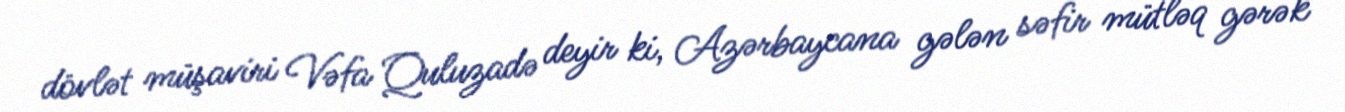
dövlət müşaviri Vəfa Quluzadə deyir ki, Azərbaycana gələn səfir mütləq gərək